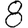
Digit: 8